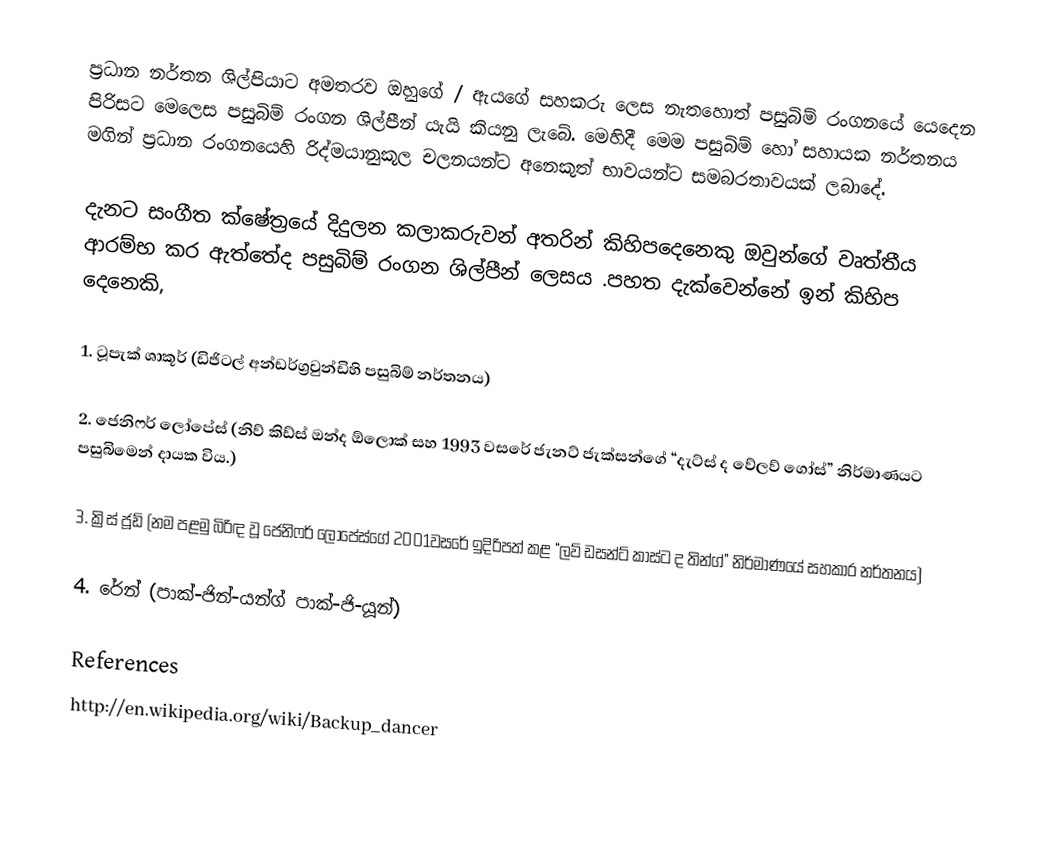
ප්‍රධාන නර්තන ශිල්පියාට අමතරව ඔහුගේ / ඇයගේ සහකරු ලෙස නැතහොත් පසුබිම් රංගනයේ යෙ‍දෙන පිරිසට මෙලෙස පසුබිම් රංගන ශිල්පීන් යැයි කියනු ලැබේ. මෙහිදී මෙම පසුබිම් හෝ සහායක නර්තනය මගින් ප්‍රධාන රංගනයෙහි රිද්මයානුකූල චලනයන්ට අනෙකුත් භාවයන්ට සමබරතාවයක් ලබාදේ.

දැනට සංගීත ක්ෂේත්‍රයේ දිදුලන කලාකරුවන් අතරින් කිහිපදෙනෙකු ඔවුන්ගේ වෘත්තීය ආරම්භ කර ඇත්තේද පසුබිම් රංගන ශිල්පීන් ලෙසය .පහත දැක්වෙන්නේ ඉන් කිහිප දෙනෙකි,

1.	ටූපැක් ශාකූර් (ඩිජිටල් අන්ඩර්ග්‍රවුන්ඩිහි පසුබිම් නර්තනය)

2.	ජෙනිෆර් ලෝපේස් (නිව් කිඩ්ස් ඔන්ද ඕලොක් සහ 1993 වසරේ ජැනට් ජැක්සන්ගේ “දැට්ස් ද  වේලව් ගෝස්” නිර්මාණයට පසුබිමෙන් දායක විය.)

3.	ක්‍රිස් ජූඩ් (නම පළමු බිරිඳ වූ ජෙනිෆර් ලෝපේස්ගේ 2001වසරේ ඉදිරිපත් කළ “ලව් ඩසන්ට් කාස්ට ද තින්ග්” නිර්මාණයේ සහකාර නර්තනය)

4.	රේන් (පාක්-ජින්-යන්ග් පාක්-ජි-යූන්)

References
http://en.wikipedia.org/wiki/Backup_dancer